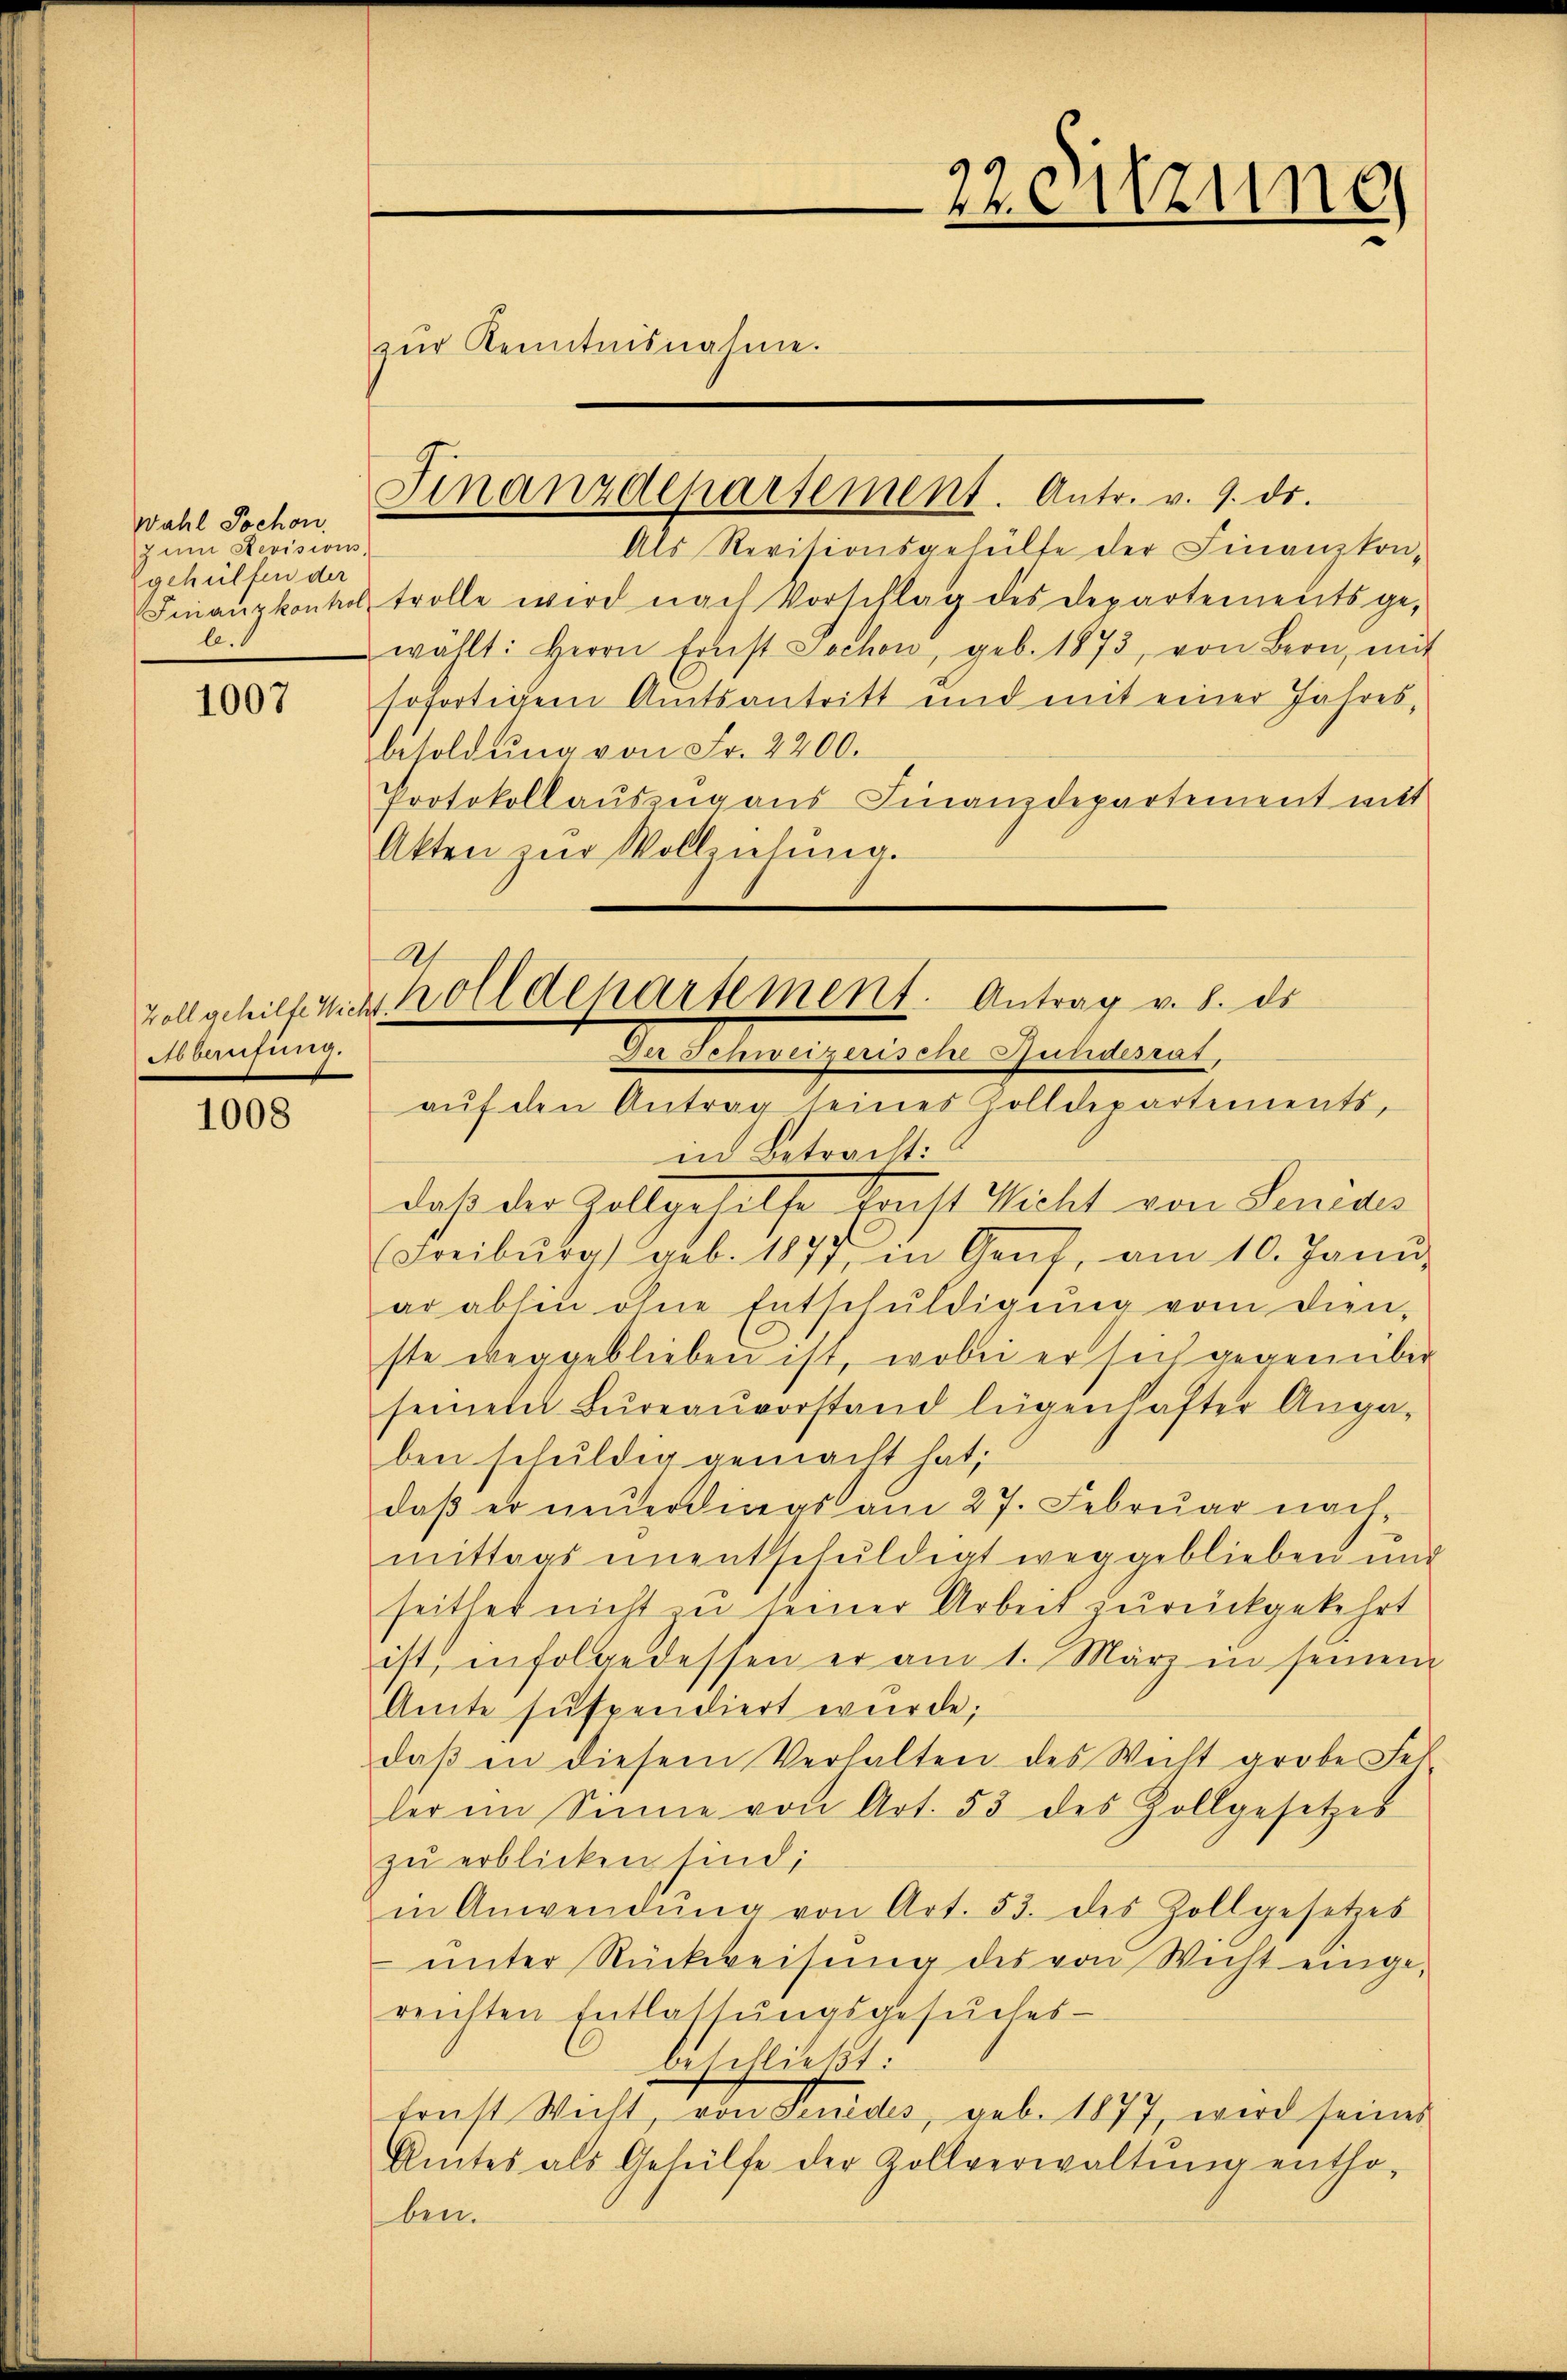
Wahl Jochon.
z um Revisions,
gehülfen der
l.

1007

Zoll gehilfe Wichs
Abberufung.

1008

Als Revisionsgehülfe der Finanzkon¬
Finanzkonkel trolle wird nach Vorschlag des Departements ge-
wählt: Herrn Ernst Jochon, geb. 1873, von Bern, mit
sofortigem Amtsantritt und mit einer Jahres,
besoldŭng von Fr. 2200.
Protokollauszug aus Finanzdepartement mit
Akten zŭr Vollziehung.

Finanzdepartement. Antr. v. 9. ds.

zŭr Kenntnisnahme.

22 Sitzung

Ah
 Antrag v. 8. ds
holldepartement
Den Schenberganischer electient,
aŭf den Antrag seines Zolldepartements,

in Betracht:
daß der Zollgeleise Statt Nicht von Senidis
(Freiburg geb. 1877, in Genf, am 10. Janu
ar abhin ohne Entschuldigung von dien
ste weggeblieben ist, wobei er sich gegenüber
seinem Bureauvorstand liegenhafter Angaben schuldig gemacht hat;
daβ er neŭerdings am 27. Februar nach-
mittags unentschuldigt weggeblieben und
seither nicht zu seiner Arbeit zurückgekehrt
ist, infolge dessen er am 1. März in seinen
Amte suspendiert wurde;
daβ in diesem Verhalten des Weiht grobe Fet-
ler im Sinne von Art. 53 des Zollgesetzes
zu erblicken sind;
in Anwendŭng von Art. 53. des Zollgesetzes
ŭnter Rückweisung des von Wicht eingereichten Entlassŭngsgesŭches-
beschließt:
traft Wicht, von Senides, geb. 1877, wird seines
Amtes als Gehülfe der Zollverwaltŭng entho-
ben.